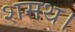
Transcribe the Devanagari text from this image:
शमथ।